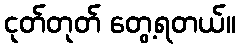
ငုတ်တုတ် တွေ့ရတယ်။